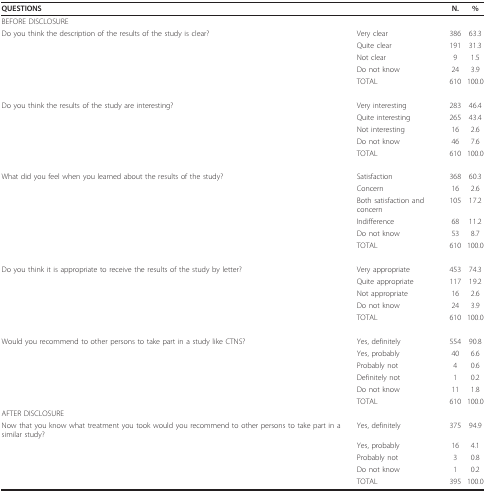
<table><thead><tr><td><b>QUESTIONS</b></td><td></td><td><b>N.</b></td><td><b>%</b></td></tr></thead><tbody><tr><td>BEFORE DISCLOSURE</td><td></td><td></td><td></td></tr><tr><td>Do you think the description of the results of the study is clear?</td><td>Very clear</td><td>386</td><td>63.3</td></tr><tr><td></td><td>Quite clear</td><td>191</td><td>31.3</td></tr><tr><td></td><td>Not clear</td><td>9</td><td>1.5</td></tr><tr><td></td><td>Do not know</td><td>24</td><td>3.9</td></tr><tr><td></td><td>TOTAL</td><td>610</td><td>100.0</td></tr><tr><td>Do you think the results of the study are interesting?</td><td>Very interesting</td><td>283</td><td>46.4</td></tr><tr><td></td><td>Quite interesting</td><td>265</td><td>43.4</td></tr><tr><td></td><td>Not interesting</td><td>16</td><td>2.6</td></tr><tr><td></td><td>Do not know</td><td>46</td><td>7.6</td></tr><tr><td></td><td>TOTAL</td><td>610</td><td>100.0</td></tr><tr><td>What did you feel when you learned about the results of the study?</td><td>Satisfaction</td><td>368</td><td>60.3</td></tr><tr><td></td><td>Concern</td><td>16</td><td>2.6</td></tr><tr><td></td><td>Both satisfaction and concern</td><td>105</td><td>17.2</td></tr><tr><td></td><td>Indifference</td><td>68</td><td>11.2</td></tr><tr><td></td><td>Do not know</td><td>53</td><td>8.7</td></tr><tr><td></td><td>TOTAL</td><td>610</td><td>100.0</td></tr><tr><td>Do you think it is appropriate to receive the results of the study by letter?</td><td>Very appropriate</td><td>453</td><td>74.3</td></tr><tr><td></td><td>Quite appropriate</td><td>117</td><td>19.2</td></tr><tr><td></td><td>Not appropriate</td><td>16</td><td>2.6</td></tr><tr><td></td><td>Do not know</td><td>24</td><td>3.9</td></tr><tr><td></td><td>TOTAL</td><td>610</td><td>100.0</td></tr><tr><td>Would you recommend to other persons to take part in a study like CTNS?</td><td>Yes, definitely</td><td>554</td><td>90.8</td></tr><tr><td></td><td>Yes, probably</td><td>40</td><td>6.6</td></tr><tr><td></td><td>Probably not</td><td>4</td><td>0.6</td></tr><tr><td></td><td>Definitely not</td><td>1</td><td>0.2</td></tr><tr><td></td><td>Do not know</td><td>11</td><td>1.8</td></tr><tr><td></td><td>TOTAL</td><td>610</td><td>100.0</td></tr><tr><td>AFTER DISCLOSURE</td><td></td><td></td><td></td></tr><tr><td>Now that you know what treatment you took would you recommend to other persons to take part in a similar study?</td><td>Yes, definitely</td><td>375</td><td>94.9</td></tr><tr><td></td><td>Yes, probably</td><td>16</td><td>4.1</td></tr><tr><td></td><td>Probably not</td><td>3</td><td>0.8</td></tr><tr><td></td><td>Do not know</td><td>1</td><td>0.2</td></tr><tr><td></td><td>TOTAL</td><td>395</td><td>100.0</td></tr></tbody></table>